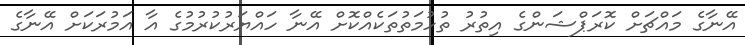
އޭނާގެ މައްޗަށް ކޮރަޕްޝަންގެ އިތުރު ތުހުމަތުތަކެއްކޮށް އޭނާ ހައްޔަރުކުރުމުގެ އާ އަމުރަކަށް އޭނާގެ